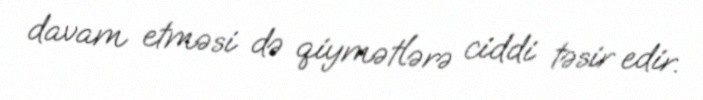
davam etməsi də qiymətlərə ciddi təsir edir.